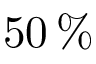
5 0 \, \%